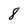
Character: 8